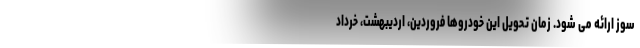
سوز ارائه می شود. زمان تحويل اين خودروها فروردين، ارديبهشت، خرداد